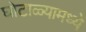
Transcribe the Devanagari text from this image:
घोटाळ्यामध्ये